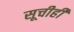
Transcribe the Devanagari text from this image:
सूचीही